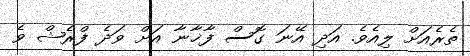
ތެރެއަށް ލިއެވެ. އަދި އޭނަ ގޮސް ފާޚާނާ އަށް ވަދެ ފްރެޝް ވެ